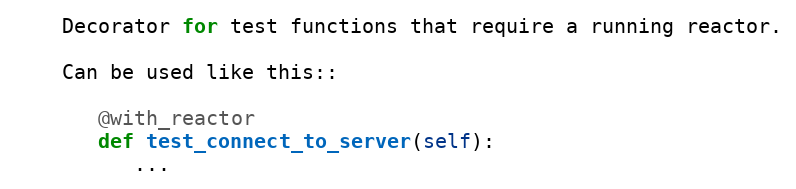
Language: Python
    Decorator for test functions that require a running reactor.

    Can be used like this::

       @with_reactor
       def test_connect_to_server(self):
          ...